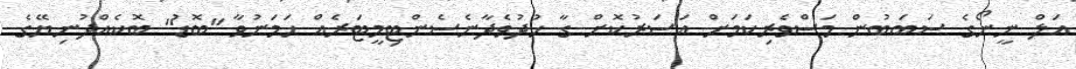
އަލް ނީނޯގެ ސަބަބުން މަސްވެރިކަމަށް އަސަރުކޮށް ގާ ހުދުވެދާނެސެންޓިމީޓަރެއް ހަމަނުވާ "ބޮޑު" ބޮކެއްދުނިޔޭގެ